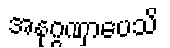
အနုဂ္ဂဏှာပေသိ